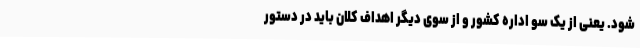
شود. یعنی از یک سو اداره کشور و از سوی دیگر اهداف کلان باید در دستور